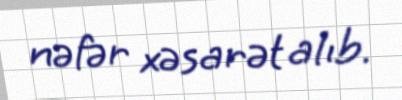
nəfər xəsarət alıb.